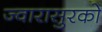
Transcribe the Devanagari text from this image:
ज्वारासुरको